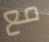
مع